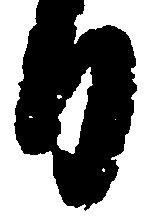
日